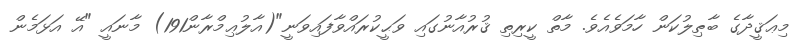
މިޢަޤީދާގެ ބާޠިލުކަން ހާމަވެއެވެ. މާތް ކީރިތި ޤުރުއާނުގައި ވަޙީކުރައްވާފައިވަނީ"(އާލުޢިމްރާން191) މާނައީ "އޭ އަޅަމެން